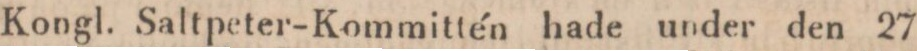
Kongl. Saltpeter-Kommittén hade under den 27